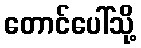
တောင်ပေါ်သို့